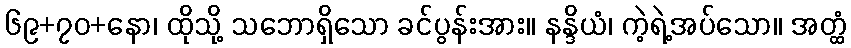
၆၉+၇၀+နော၊ ထိုသို့ သဘောရှိသော ခင်ပွန်းအား။ နန္ဒိယံ၊ ကဲ့ရဲ့အပ်သော။ အတ္ထံ